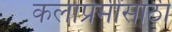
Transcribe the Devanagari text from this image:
कलाप्रेमींसाठी